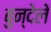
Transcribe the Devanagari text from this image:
बुन्देले